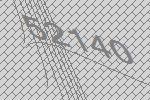
52140